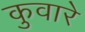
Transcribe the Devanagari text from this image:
कुवारे